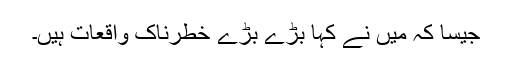
جیسا کہ مَیں نے کہا بڑے بڑے خطرناک واقعات ہیں۔